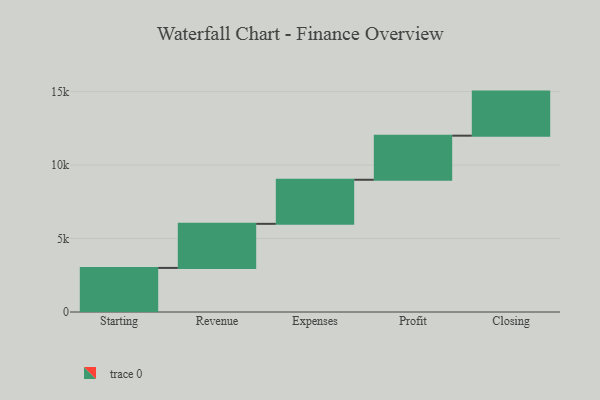
{"axis": {"x": "Step", "y": "Value"}, "legend": [""], "data": [{"x": "Starting", "y": 3000, "type": ""}, {"x": "Revenue", "y": 3000, "type": ""}, {"x": "Expenses", "y": 3000, "type": ""}, {"x": "Profit", "y": 3000, "type": ""}, {"x": "Closing", "y": 3000, "type": ""}]}